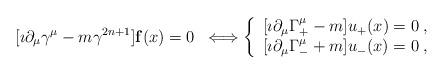
LaTeX: \begin{align*}\displaystyle[\imath\partial_\mu\gamma^\mu-m\gamma^{2n+1}]{\bf f}(x)=0 \;\;\Longleftrightarrow\left\{ \begin{array}{c}[\imath\partial_\mu\Gamma^\mu_+-m]u_+(x)=0\;, \\\displaystyle[\imath\partial_\mu\Gamma^\mu_-+m]u_-(x)=0\;,\end{array}\right.\end{align*}